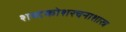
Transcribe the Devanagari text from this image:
शब्दकोशरचनाशास्त्र